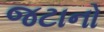
જટાનો